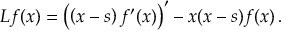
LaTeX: L f ( x ) = \left( \left( x - s \right) f ^ { \prime } ( x ) \right) ^ { \prime } - x ( x - s ) f ( x ) \, .